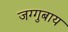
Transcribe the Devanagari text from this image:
जग्गुबाय